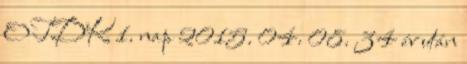
OTDK 1. nap 2015. 04. 08. 34 év után